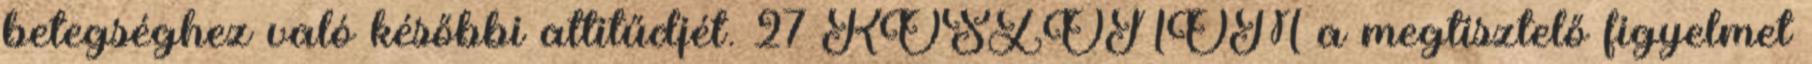
betegséghez való későbbi attitűdjét. 27 KÖSZÖNÖM a megtisztelő figyelmet